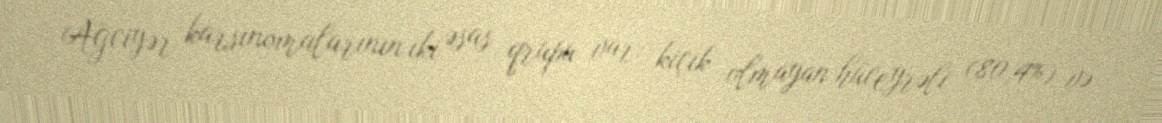
Ağciyər karsinomalarının iki əsas qrupu var: kiçik olmayan hüceyrəli (80,4%) və